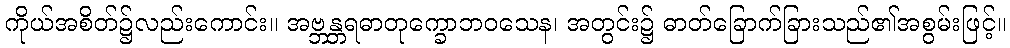
ကိုယ်အစိတ်၌လည်းကောင်း။ အဗ္ဘန္တရဓာတုက္ခောဘဝသေန၊ အတွင်း၌ ဓာတ်ခြောက်ခြားသည်၏အစွမ်းဖြင့်။